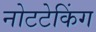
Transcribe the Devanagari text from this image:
नोटटेकिंग